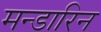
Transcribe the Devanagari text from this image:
मन्डारिन